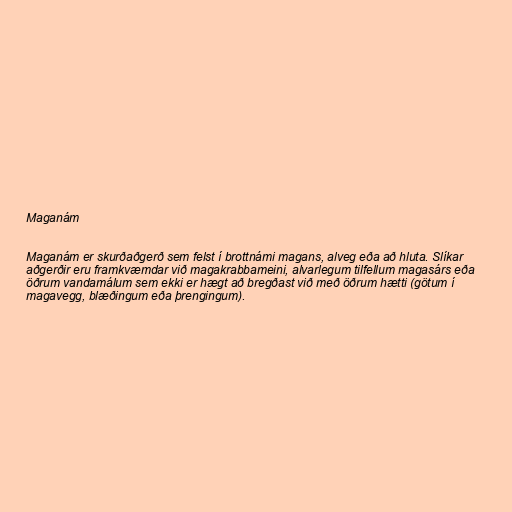
Maganám

Maganám er skurðaðgerð sem felst í brottnámi magans, alveg eða að hluta. Slíkar
aðgerðir eru framkvæmdar við magakrabbameini, alvarlegum tilfellum magasárs eða
öðrum vandamálum sem ekki er hægt að bregðast við með öðrum hætti (götum í
magavegg, blæðingum eða þrengingum).